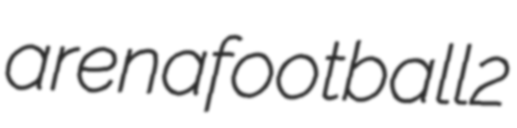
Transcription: arenafootball2